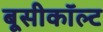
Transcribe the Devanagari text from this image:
बूसीकॉल्ट